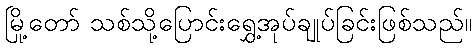
မြို့တော် သစ်သို့ပြောင်းရွှေ့အုပ်ချုပ်ခြင်းဖြစ်သည်။